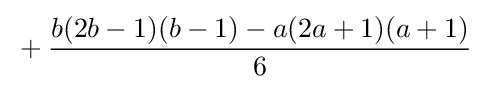
{}+{\frac {b(2b-1)(b-1)-a(2a+1)(a+1)}{6}}